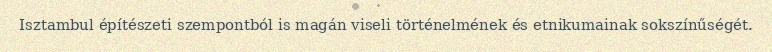
Isztambul építészeti szempontból is magán viseli történelmének és etnikumainak sokszínűségét.